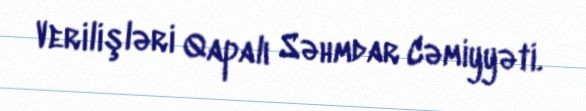
Verilişləri Qapalı Səhmdar Cəmiyyəti.